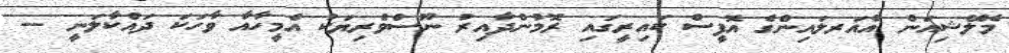
މެލޭޝިއަން އެއަރލައިންގެ އޮފީސް ކައިރީގައި ރޮމުންދާއިރު ނޫސްވެރިޔަކު އެމީހާއާ ވާހަކަ ދައްކާލަނީ --